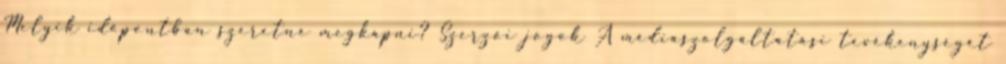
Melyik időpontban szeretné megkapni? Szerzői jogok A médiaszolgáltatási tevékenységét